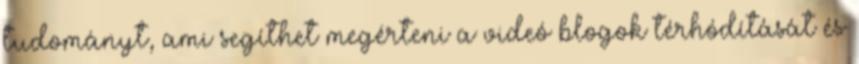
tudományt, ami segíthet megérteni a videó blogok térhódítását és